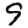
Digit: 9